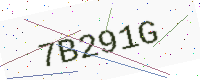
Text: 7B291G